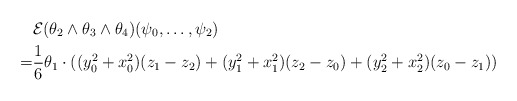
\begin{align*} &\mathcal{E} (\theta_2\wedge \theta_3\wedge \theta_4) (\psi_0,\dots,\psi_{2})\\=&\frac{1}{6}\theta_1 \cdot ((y_0^2+x_0^2)(z_1-z_2)+(y_1^2+x_1^2)(z_2-z_0)+(y_2^2+x_2^2)(z_0-z_1)) \end{align*}